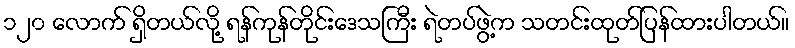
၁၂၀ လောက် ရှိတယ်လို့ ရန်ကုန်တိုင်းဒေသကြီး ရဲတပ်ဖွဲ့က သတင်းထုတ်ပြန်ထားပါတယ်။